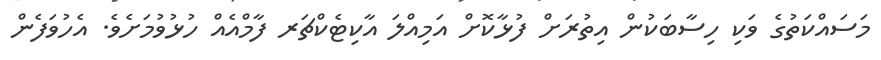
މަސައްކަތުގެ ވަކި ހިސާބަކުން އިތުރަށް ފުޅާކޮށް އަމިއްލަ އާކިޓެކްޗަރ ފާމްއެއް ހުޅުވުމަށެވެ. އެހުވަފެން